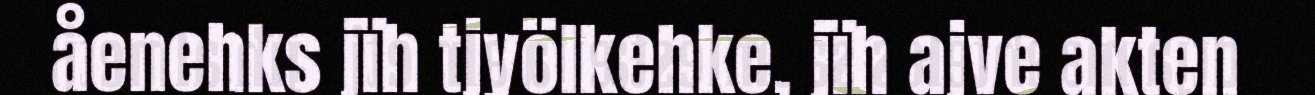
åenehks jïh tjyölkehke, jïh ajve akten